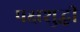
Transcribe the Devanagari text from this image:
पक्षशुद्धी